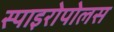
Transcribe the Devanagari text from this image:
स्पाइरोपोलस